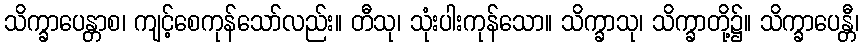
သိက္ခာပေန္တာစ၊ ကျင့်စေကုန်သော်လည်း။ တီသု၊ သုံးပါးကုန်သော။ သိက္ခာသု၊ သိက္ခာတို့၌။ သိက္ခာပေန္တီ၊